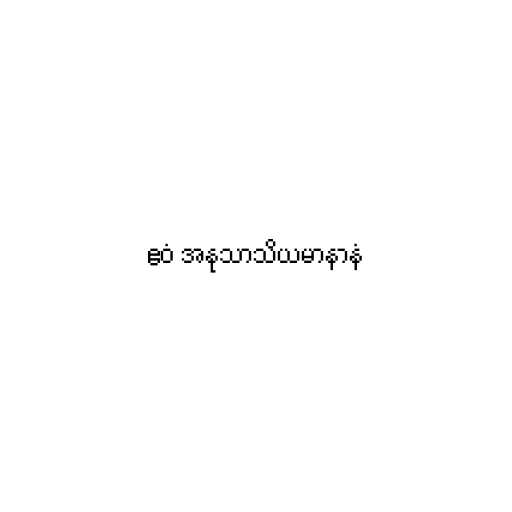
ဧဝံ အနုသာသိယမာနာနံ